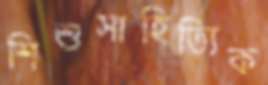
শিশুসাহিত্যিক